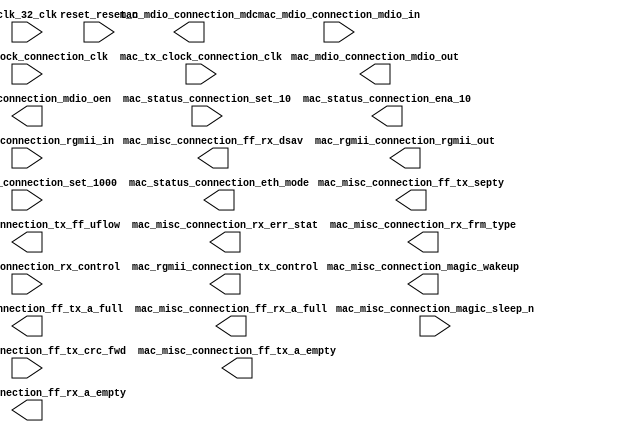

module IoTOctopus_QSYS (
	clk_32_clk,
	mac_mdio_connection_mdc,
	mac_mdio_connection_mdio_in,
	mac_mdio_connection_mdio_out,
	mac_mdio_connection_mdio_oen,
	mac_misc_connection_magic_wakeup,
	mac_misc_connection_magic_sleep_n,
	mac_misc_connection_ff_tx_crc_fwd,
	mac_misc_connection_ff_tx_septy,
	mac_misc_connection_tx_ff_uflow,
	mac_misc_connection_ff_tx_a_full,
	mac_misc_connection_ff_tx_a_empty,
	mac_misc_connection_rx_err_stat,
	mac_misc_connection_rx_frm_type,
	mac_misc_connection_ff_rx_dsav,
	mac_misc_connection_ff_rx_a_full,
	mac_misc_connection_ff_rx_a_empty,
	mac_rgmii_connection_rgmii_in,
	mac_rgmii_connection_rgmii_out,
	mac_rgmii_connection_rx_control,
	mac_rgmii_connection_tx_control,
	mac_rx_clock_connection_clk,
	mac_status_connection_set_10,
	mac_status_connection_set_1000,
	mac_status_connection_eth_mode,
	mac_status_connection_ena_10,
	mac_tx_clock_connection_clk,
	reset_reset_n);	

	input		clk_32_clk;
	output		mac_mdio_connection_mdc;
	input		mac_mdio_connection_mdio_in;
	output		mac_mdio_connection_mdio_out;
	output		mac_mdio_connection_mdio_oen;
	output		mac_misc_connection_magic_wakeup;
	input		mac_misc_connection_magic_sleep_n;
	input		mac_misc_connection_ff_tx_crc_fwd;
	output		mac_misc_connection_ff_tx_septy;
	output		mac_misc_connection_tx_ff_uflow;
	output		mac_misc_connection_ff_tx_a_full;
	output		mac_misc_connection_ff_tx_a_empty;
	output	[17:0]	mac_misc_connection_rx_err_stat;
	output	[3:0]	mac_misc_connection_rx_frm_type;
	output		mac_misc_connection_ff_rx_dsav;
	output		mac_misc_connection_ff_rx_a_full;
	output		mac_misc_connection_ff_rx_a_empty;
	input	[3:0]	mac_rgmii_connection_rgmii_in;
	output	[3:0]	mac_rgmii_connection_rgmii_out;
	input		mac_rgmii_connection_rx_control;
	output		mac_rgmii_connection_tx_control;
	input		mac_rx_clock_connection_clk;
	input		mac_status_connection_set_10;
	input		mac_status_connection_set_1000;
	output		mac_status_connection_eth_mode;
	output		mac_status_connection_ena_10;
	input		mac_tx_clock_connection_clk;
	input		reset_reset_n;
endmodule